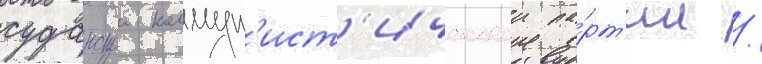
суданскои коммун'ист'ическои па́рт'ии /